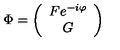
\Phi = \left( \begin{array} { c } { F e ^ { - i \varphi } } \\ { G } \\ \end{array} \right)